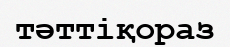
тәттіқораз